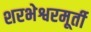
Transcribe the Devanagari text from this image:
शरभेश्वरमूर्ती